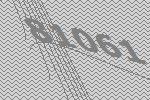
81061